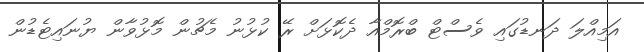
އަމިއްލަ ދަނޑުގައި ވެސްޓް ބްރޮމްއާ ދެކޮޅަށް ރޭ ކުޅުނު މެޗުން މޮޅުވާން ޔުނައިޓެޑުން